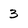
Character: 3